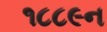
૧૮૮૯ન